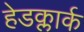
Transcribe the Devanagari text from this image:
हेडक्लार्क